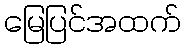
မြေပြင်အထက်